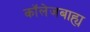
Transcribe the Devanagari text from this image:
कॉलेजबाह्य